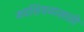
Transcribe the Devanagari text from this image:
नवशिक्यासाठी